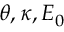
\theta , \kappa , E _ { 0 }